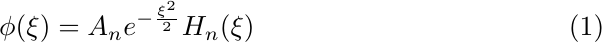
\begin{equation}
	\phi(\xi)=A_n e^{-\frac{\xi^2}{2}} H_n(\xi)
\end{equation}